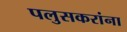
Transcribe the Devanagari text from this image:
पलुसकरांना